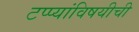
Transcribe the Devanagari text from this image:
टप्प्यांविषयीची